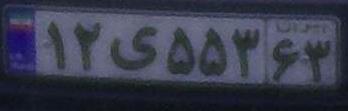
۱۲ی۵۵۳۶۳